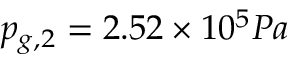
p _ { g , 2 } = 2 . 5 2 \times 1 0 ^ { 5 } P a